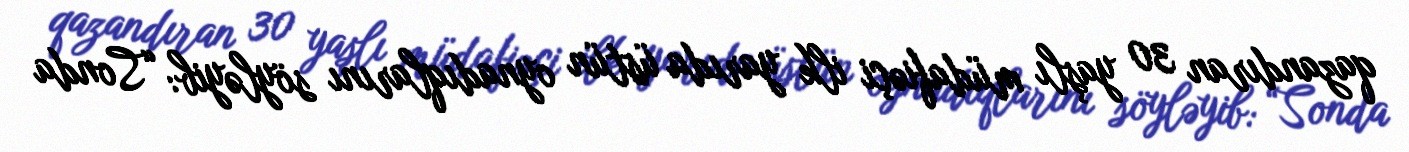
qazandıran 30 yaşlı müdafiəçi ilk yarıda üstün oynadıqlarını söyləyib: “Sonda